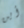
أين